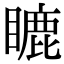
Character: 𥉶